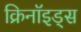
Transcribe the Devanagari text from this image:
क्रिनॉइड्स